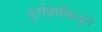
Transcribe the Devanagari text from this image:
दुर्गप्रेमींकडून